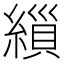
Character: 𮈸